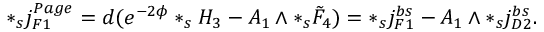
* _ { s } j _ { F 1 } ^ { P a g e } = d ( e ^ { - 2 \phi } * _ { s } H _ { 3 } - A _ { 1 } \wedge * _ { s } \tilde { F } _ { 4 } ) = * _ { s } j _ { F 1 } ^ { b s } - A _ { 1 } \wedge * _ { s } j _ { D 2 } ^ { b s } .